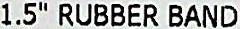
1.5" RUBBER BAND